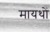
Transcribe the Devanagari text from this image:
मायथों